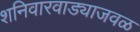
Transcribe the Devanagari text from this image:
शनिवारवाड्याजवळ